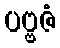
ပဗ္ဗဇံ